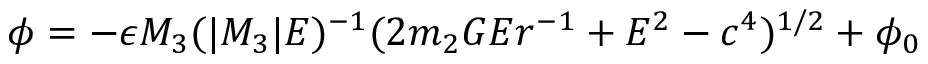
\phi = - \epsilon M _ { 3 } ( | M _ { 3 } | E ) ^ { - 1 } ( 2 m _ { 2 } G E r ^ { - 1 } + E ^ { 2 } - c ^ { 4 } ) ^ { 1 / 2 } + \phi _ { 0 }